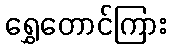
ရွှေတောင်ကြား